Trukikaitis_Postimees, lk 60
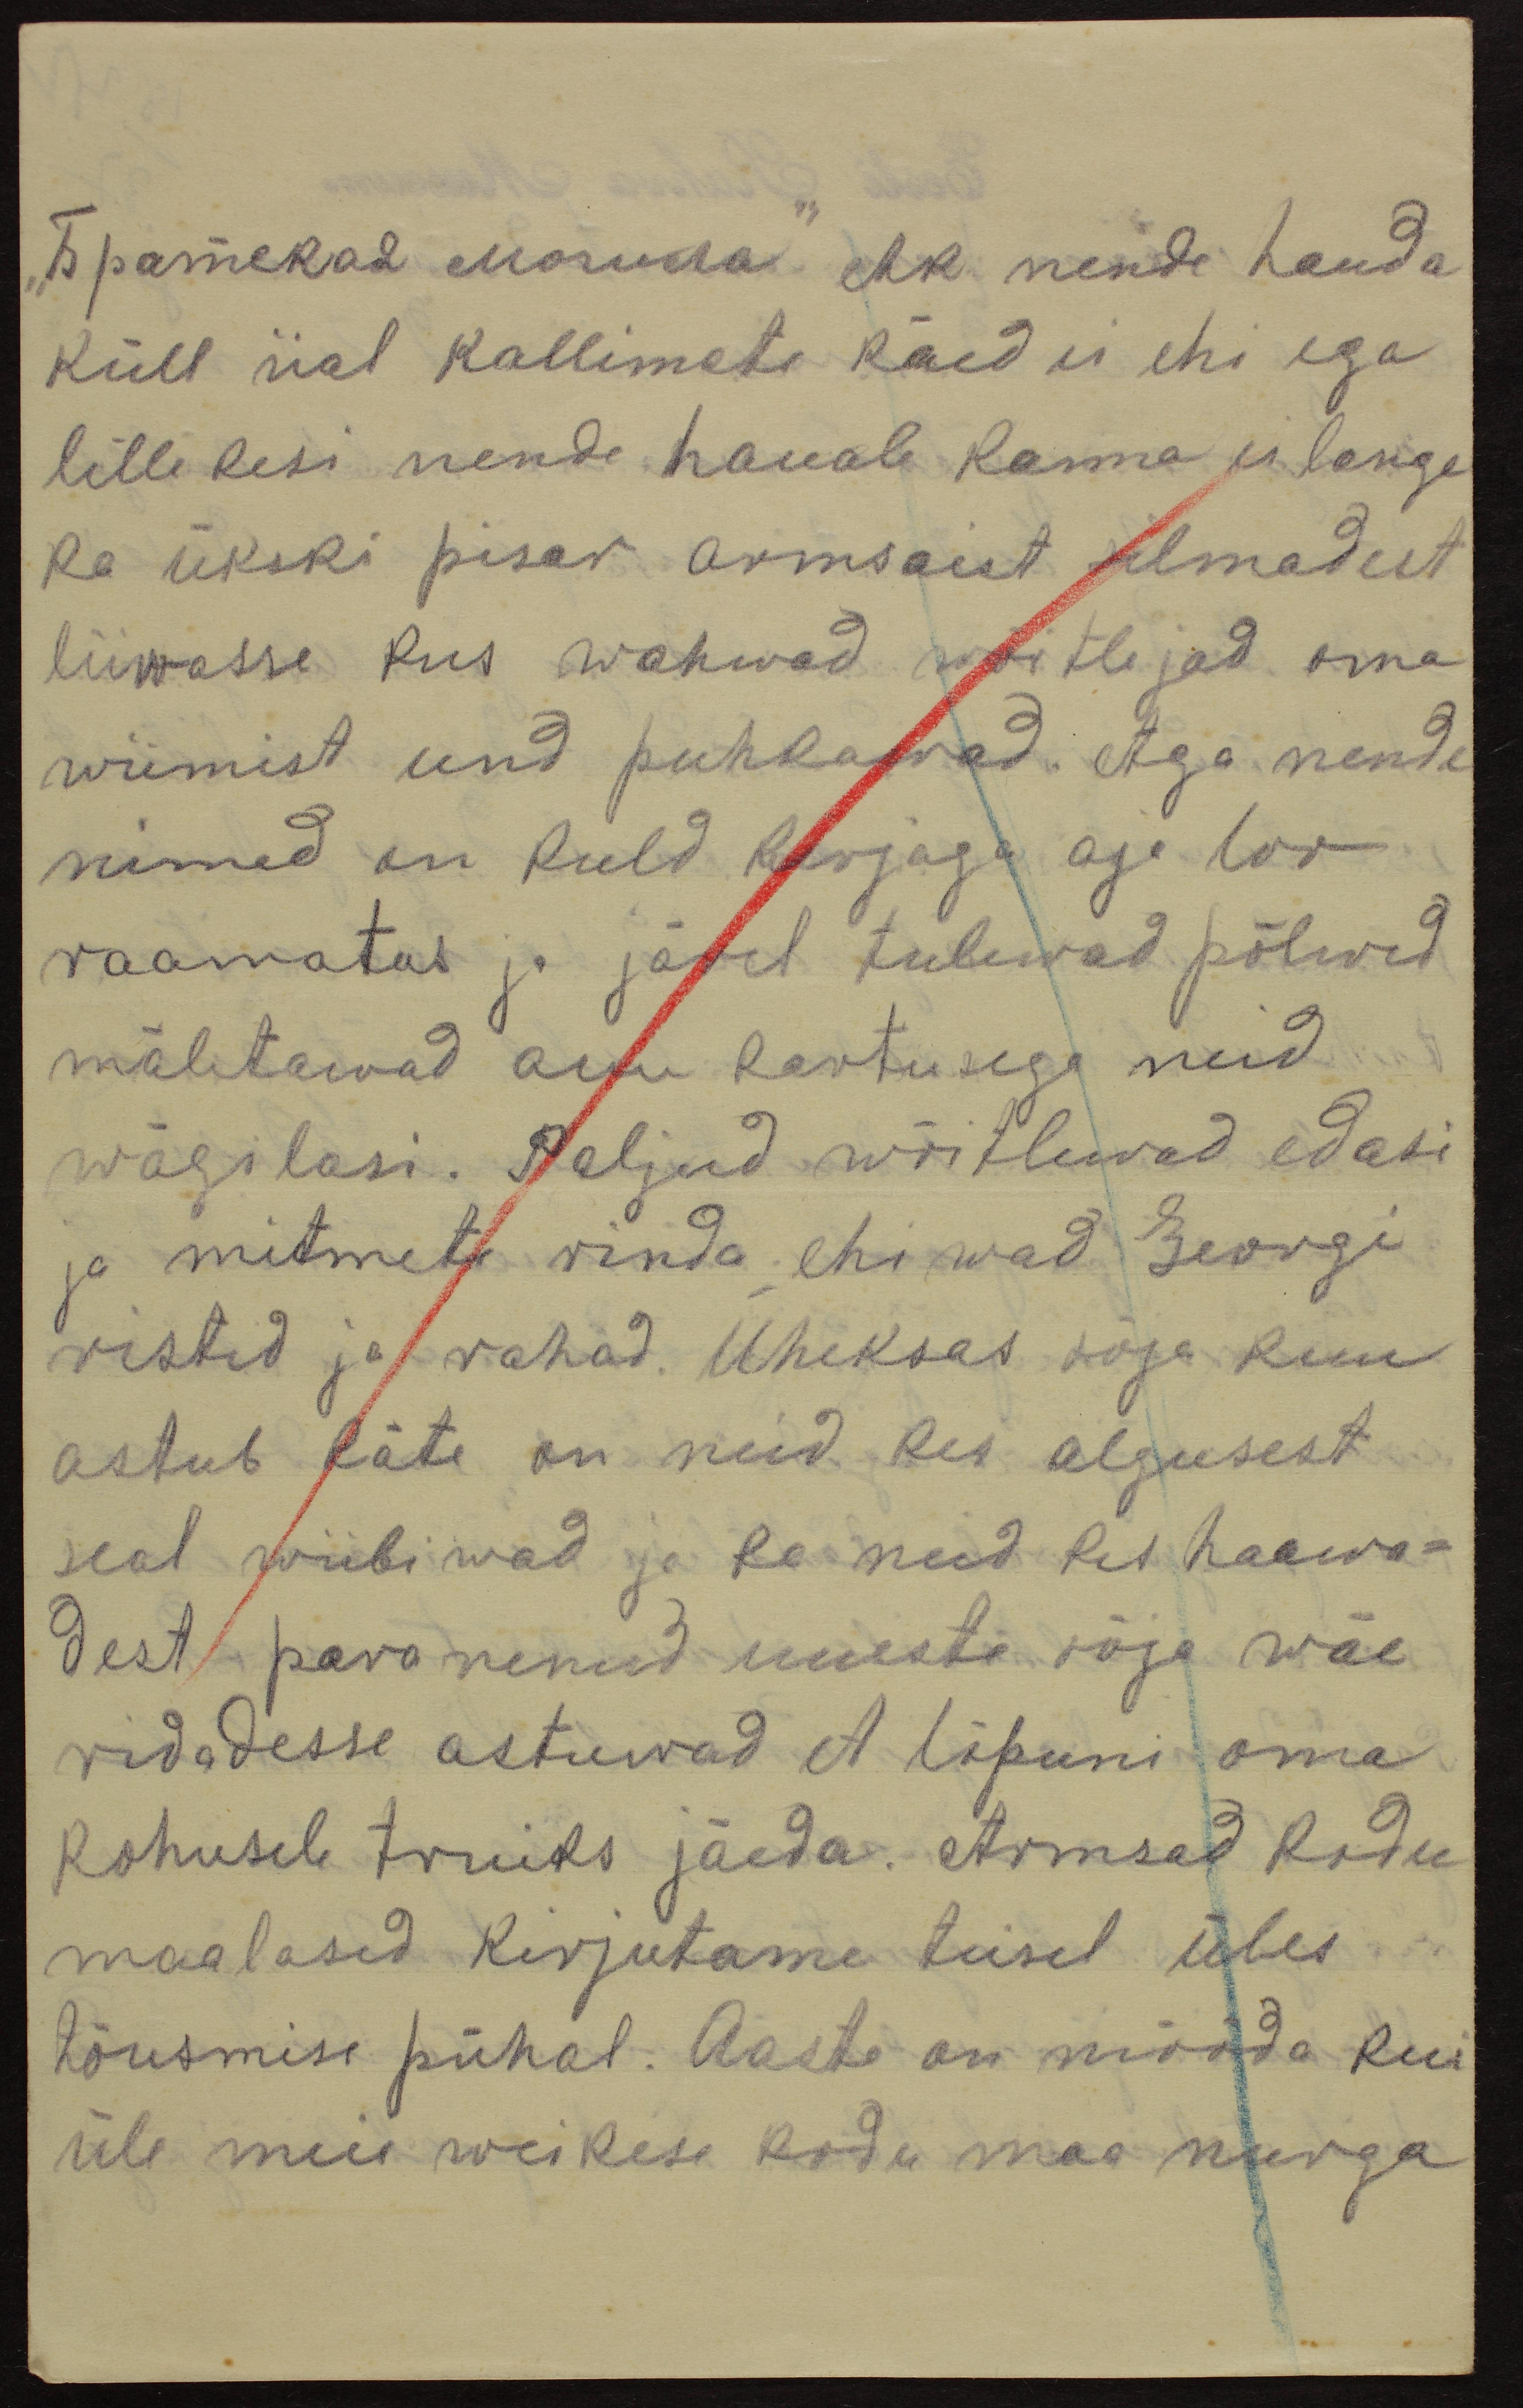
"Братская могила" ehk nende hauda
küll iial kallimate käed ei ehi ega
lillekesi nende hauale kanna ei lange
ka ükski pisar armsaist silmadest
liiwasse kus wahwad wõitlejad oma
wiimist und puhkawad. Aga nende
nimed on kuld kirjaga aja loo
raamatus ja järel tulewad põlwed
mäletawad auu kartusega neid
wägilasi. Paljud wõitlewad edasi
ja mitmete rinda ehiwad Georgi
ristid ja rahad. Üheksas sõja kuu
astub käte on neid kes algusest
seal wiibiwad ja ka neid kes haawa-
dest paranenud uueste sõja wäe
ridadesse astuwad et lõpuni oma
kohusele truiks jäeda. Armsad kodu
maalased kirjutame teisel üles
tõusmise pühal. Aasta on mööda kui
üle meie weikese kodu maa nurga